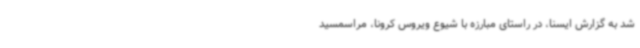
شد به گزارش ایسنا، در راستای مبارزه با شیوع ویروس کرونا، مراسمسید